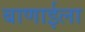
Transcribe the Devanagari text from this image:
बाणाईला